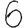
Digit: 6